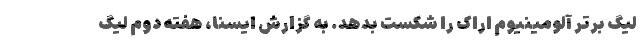
لیگ برتر آلومینیوم اراک را شکست بدهد. به گزارش ایسنا، هفته دوم لیگ